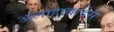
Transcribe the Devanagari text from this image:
अलाहाबादेस